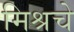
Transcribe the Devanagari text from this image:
मिश्रचे